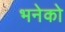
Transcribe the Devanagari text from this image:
भनेको